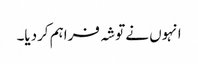
انہوں نے توشہ فراہم کردیا۔